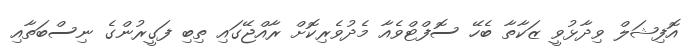
އޮފިޝަލް ވިދާޅުވީ ޒަކާތާ ބެހޭ ސޮފްޓްވެއާ މެދުވެރިކޮށް ރާއްޖޭގައި ތިބި ފަގީރުންގެ ނިސްބަތާއި